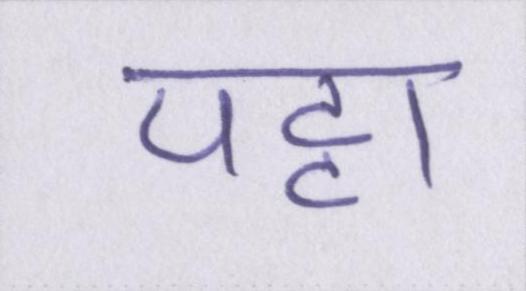
पट्टा